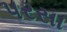
પરસા